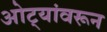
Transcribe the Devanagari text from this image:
ओट्यांवरून